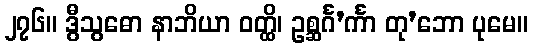
၂၇၆။ ဒွီသွဓော နာဘိယာ ဝတ္ထိ၊ ဥစ္ဆင်္ဂ’င်္ကာ တု’ဘော ပုမေ။